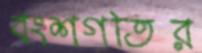
বংশগতির